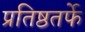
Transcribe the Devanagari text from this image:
प्रतिष्ठतर्फे